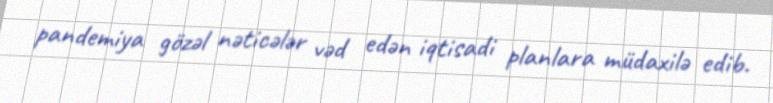
pandemiya gözəl nəticələr vəd edən iqtisadi planlara müdaxilə edib.